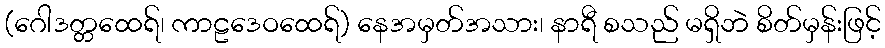
(ဂေါဒတ္တထေရ်၊ ကာဠဒေဝထေရ်) နေအမှတ်အသား၊ နာရီ စသည် မရှိဘဲ စိတ်မှန်းဖြင့်